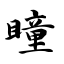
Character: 瞳